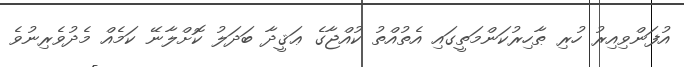
އުފަންވިއިރު ހުރި ޠާހިރުކަންމަތީގައި އެތުއްތު ކުއްޖާގެ ޢަޤީދާ ބަދަލު ކޮށްލާނޭ ކަމެއް މެދުވެރިނުވެ